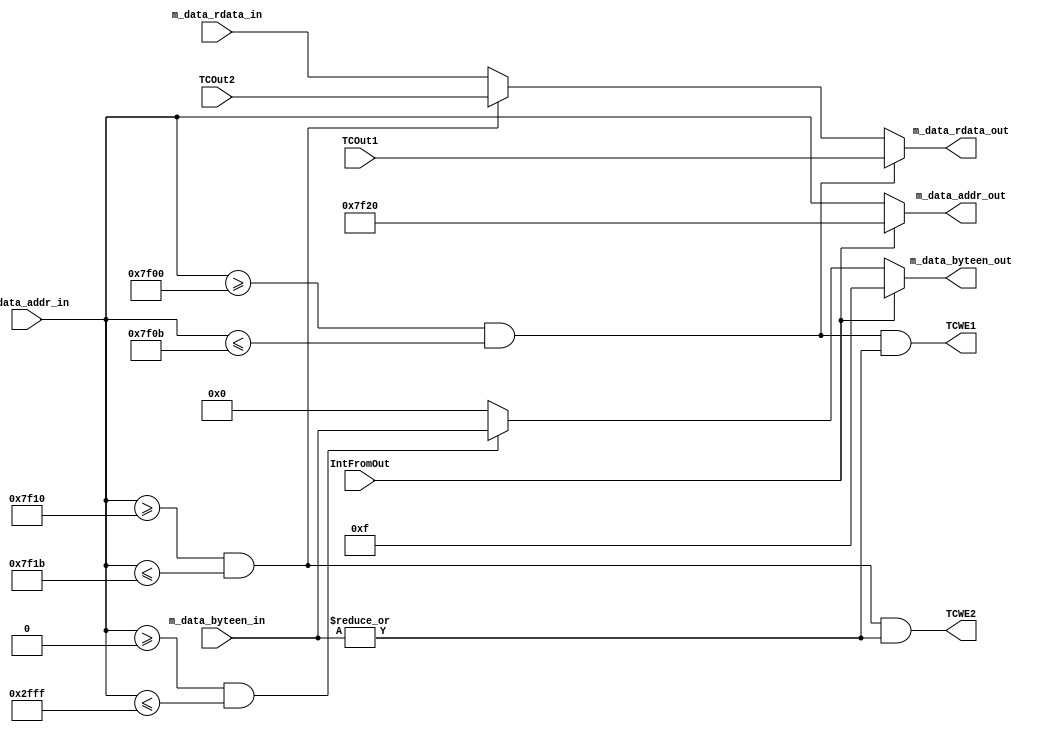
`timescale 1ns / 1ps
//////////////////////////////////////////////////////////////////////////////////
// Company: 
// Engineer: 
// 
// Design Name: 
// Module Name:    Bridge 
// Project Name: 
// Target Devices: 
// Tool versions: 
// Description: 
//
// Dependencies: 
//
// Revision: 
// Revision 0.01 - File Created
// Additional Comments: 
//
//////////////////////////////////////////////////////////////////////////////////
module Bridge(
	 input [31:0] m_data_addr_in,
	 output [31:0] m_data_addr_out,
	 
    input [3:0] m_data_byteen_in,
	 output [3:0] m_data_byteen_out,
	 
	 input [31:0] m_data_rdata_in,
    output [31:0] m_data_rdata_out,
    
    output TCWE1,
    output TCWE2,
	 
	 input [31:0] TCOut1,
	 input [31:0] TCOut2,
	 
	 input IntFromOut
	 );
	  
	 wire WE;
	 assign WE = | m_data_byteen_in;
	 
	 assign TCWE1 = ((m_data_addr_in >= 32'h0000_7f00 && m_data_addr_in <= 32'h0000_7f0b) && WE);
	 assign TCWE2 = ((m_data_addr_in >= 32'h0000_7f10 && m_data_addr_in <= 32'h0000_7f1b) && WE);
		
	 assign m_data_byteen_out 	= 	IntFromOut ? 4'b1111:
											(m_data_addr_in >= 32'h0000_0000 && m_data_addr_in <= 32'h0000_2fff) ? m_data_byteen_in : 4'd0;
			
	 assign m_data_rdata_out	=	(m_data_addr_in >= 32'h0000_7f00 && m_data_addr_in <= 32'h0000_7f0b) ? TCOut1:
											(m_data_addr_in >= 32'h0000_7f10 && m_data_addr_in <= 32'h0000_7f1b) ? TCOut2:
											m_data_rdata_in;
											
	 assign m_data_addr_out		=	IntFromOut ? 32'h0000_7f20: m_data_addr_in;
	 
endmodule



    /*input wire [31:2] PrAddr,
	 input wire [31:0] PrWD,			// CPU 
	 input wire PrWE,
	 
	 input wire [31:0] DMRD,
	 input wire [31:0] TCRD1,
	 input wire [31:0] TCRD2,
	 
	 output wire [31:0] PrRD,			// CPU 
	
	 output wire [31:2] DEV_Addr,
	 output wire [31:0] DEV_WD,
	 
	 output wire DMWE,
	 output wire TCWE1,
	 output wire TCWE2*/
	 
	 	 /*wire [31:0] tmp_PrAddr;
	 wire TC1Sel, TC2Sel, DMSel;
	 
	 assign DEV_Addr = PrAddr;
	 assign tmp_PrAddr = {PrAddr, 2'b00};
	 
	 assign DMSel	=	(tmp_PrAddr >= 32'h0000 && tmp_PrAddr <= 32'h2fff)	?	1'b1: 1'b0;
	 assign TC1Sel = 	(tmp_PrAddr >= 32'h7f00 && tmp_PrAddr <= 32'h7f0b)	?	1'b1: 1'b0;
	 assign TC2Sel = 	(tmp_PrAddr >= 32'h7f10 && tmp_PrAddr <= 32'h7f1b)	?	1'b1: 1'b0;
	 
	 assign DEV_WD = PrWD;
	 
	 assign DMWE 	= 	PrWE & DMSel;
	 assign TCWE1 	= 	PrWE & TC1Sel;
	 assign TCWE2 	= 	PrWE & TC2Sel;

	 assign PrRD = DMSel	 	?	DMRD	:
						TC1Sel	? 	TCRD1	:
						TC2Sel 	? 	TCRD2	:
										32'b0	;*/